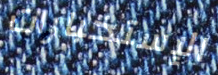
الإستخبارات